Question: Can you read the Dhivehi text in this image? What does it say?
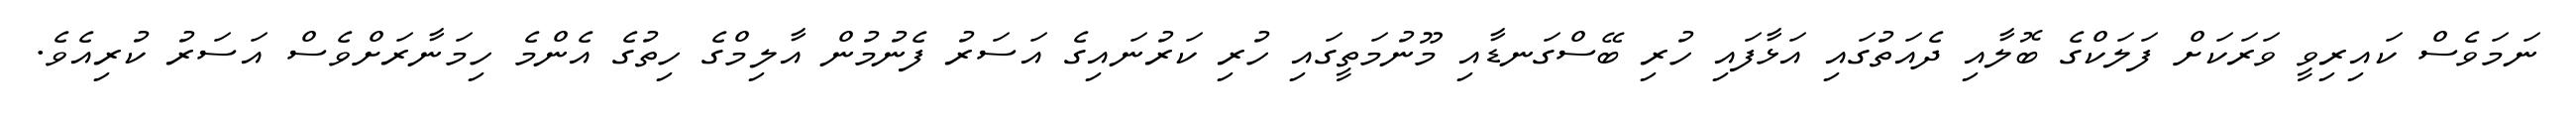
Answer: ނަމަވެސް ކައިރިވީ ވަރަކަށް ފަލަކްގެ ބޮލާއި ދެއަތުގައި އަޅާފައި ހުރި ބޭސްގަނޑާއި މޫނުމަތީގައި ހުރި ކަރުނައިގެ އަސަރު ފެނުމުން އާލިމްގެ ހިތުގެ އެންމެ ހިމަނާރަށްވެސް އަސަރު ކުރިއެވެ.